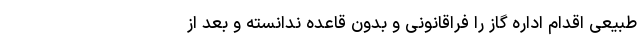
طبیعی اقدام اداره گاز را فراقانونی و بدون قاعده ندانسته و بعد از